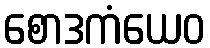
စောဒကံယေဝ